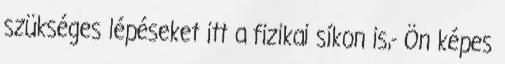
szükséges lépéseket itt a fizikai síkon is,- Ön képes